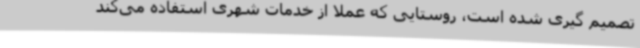
تصمیم گیری شده است، روستایی که عملاً از خدمات شهری استفاده می‌کند